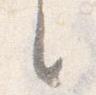
之